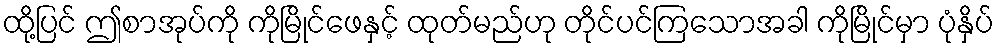
ထို့ပြင် ဤစာအုပ်ကို ကိုမြိုင်ဖေနှင့် ထုတ်မည်ဟု တိုင်ပင်ကြသောအခါ ကိုမြိုင်မှာ ပုံနှိပ်